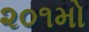
૨૦૧મો